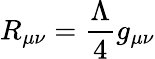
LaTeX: R_{\mu\nu}=\frac{\Lambda}{4}g_{\mu\nu}